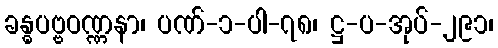
ခန္ဓပဗ္ဗဝဏ္ဏနာ၊ ပဏ်-၁-ပါ-၇၈၊ ဋ္ဌ-ပ-အုပ်-၂၉၁၊